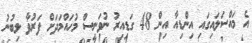
އެ މައްސަލައިގައި އިންޑިއާ އިން 48 ގަޑިއިރު ނުވަނީސް މުހައްމަދަށް ފަރުވާ ލިބުނު